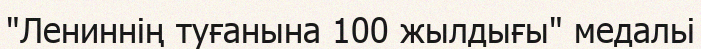
"Лениннiң туғанына 100 жылдығы" медальі